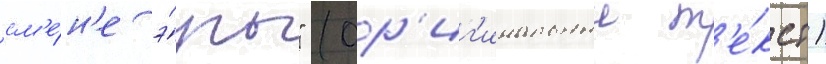
см'е́н'е э́ры" (ор'иг'инальныи т'е́кст)